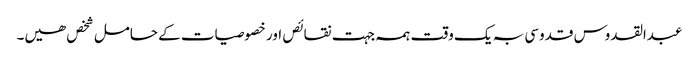
عبدالقدوس قدوسی بہ یک وقت ہمہ جہت نقائص اور خصوصیات کے حامل شخص ھیں۔